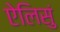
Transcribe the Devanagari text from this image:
ऐलिसुं